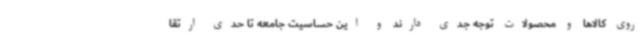
روی کالاها و محصولات توجه جدی دارند و این حساسیت جامعه تا حدی ارتقا